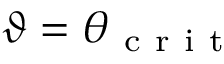
\vartheta = \theta _ { \mathrm { ~ c ~ r ~ i ~ t ~ } }